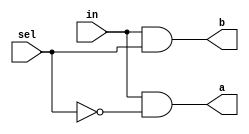
module DMux(a, b, in, sel);

    input in, sel;
    output a, b;
    wire nsel;

    not notsel(nsel, sel);
    and andA(a, in, nsel);
    and andB(b, in, sel);

    // Descrição de conexões internas do módulo

endmodule